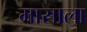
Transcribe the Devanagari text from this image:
मासाला